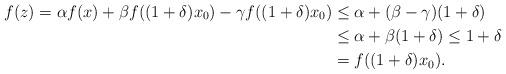
LaTeX: \begin{align*} f(z)=\alpha f(x)+\beta f((1+\delta)x_0)-\gamma f((1+\delta)x_0)& \leq \alpha+(\beta-\gamma)(1+\delta)\\ & \leq \alpha+ \beta(1+\delta)\leq 1+\delta\\ & =f((1+\delta)x_0).\end{align*}